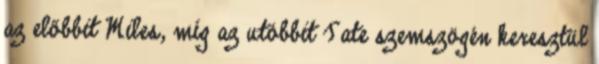
az előbbit Miles, míg az utóbbit Tate szemszögén keresztül